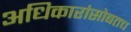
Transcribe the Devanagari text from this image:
अधिकारांसोबतच